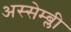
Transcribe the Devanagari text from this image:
अस्सेम्ब्ली